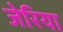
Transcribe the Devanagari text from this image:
जेरिया